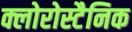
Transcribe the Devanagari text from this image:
क्लोरोस्टैनिक